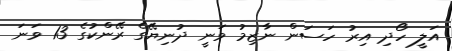
އަލީ ހޯދި އިރު ހަސަން ނާޒިމު ވަނީ ދުނިޔޭގެ ރޭންކުގެ 13 ވަނަ